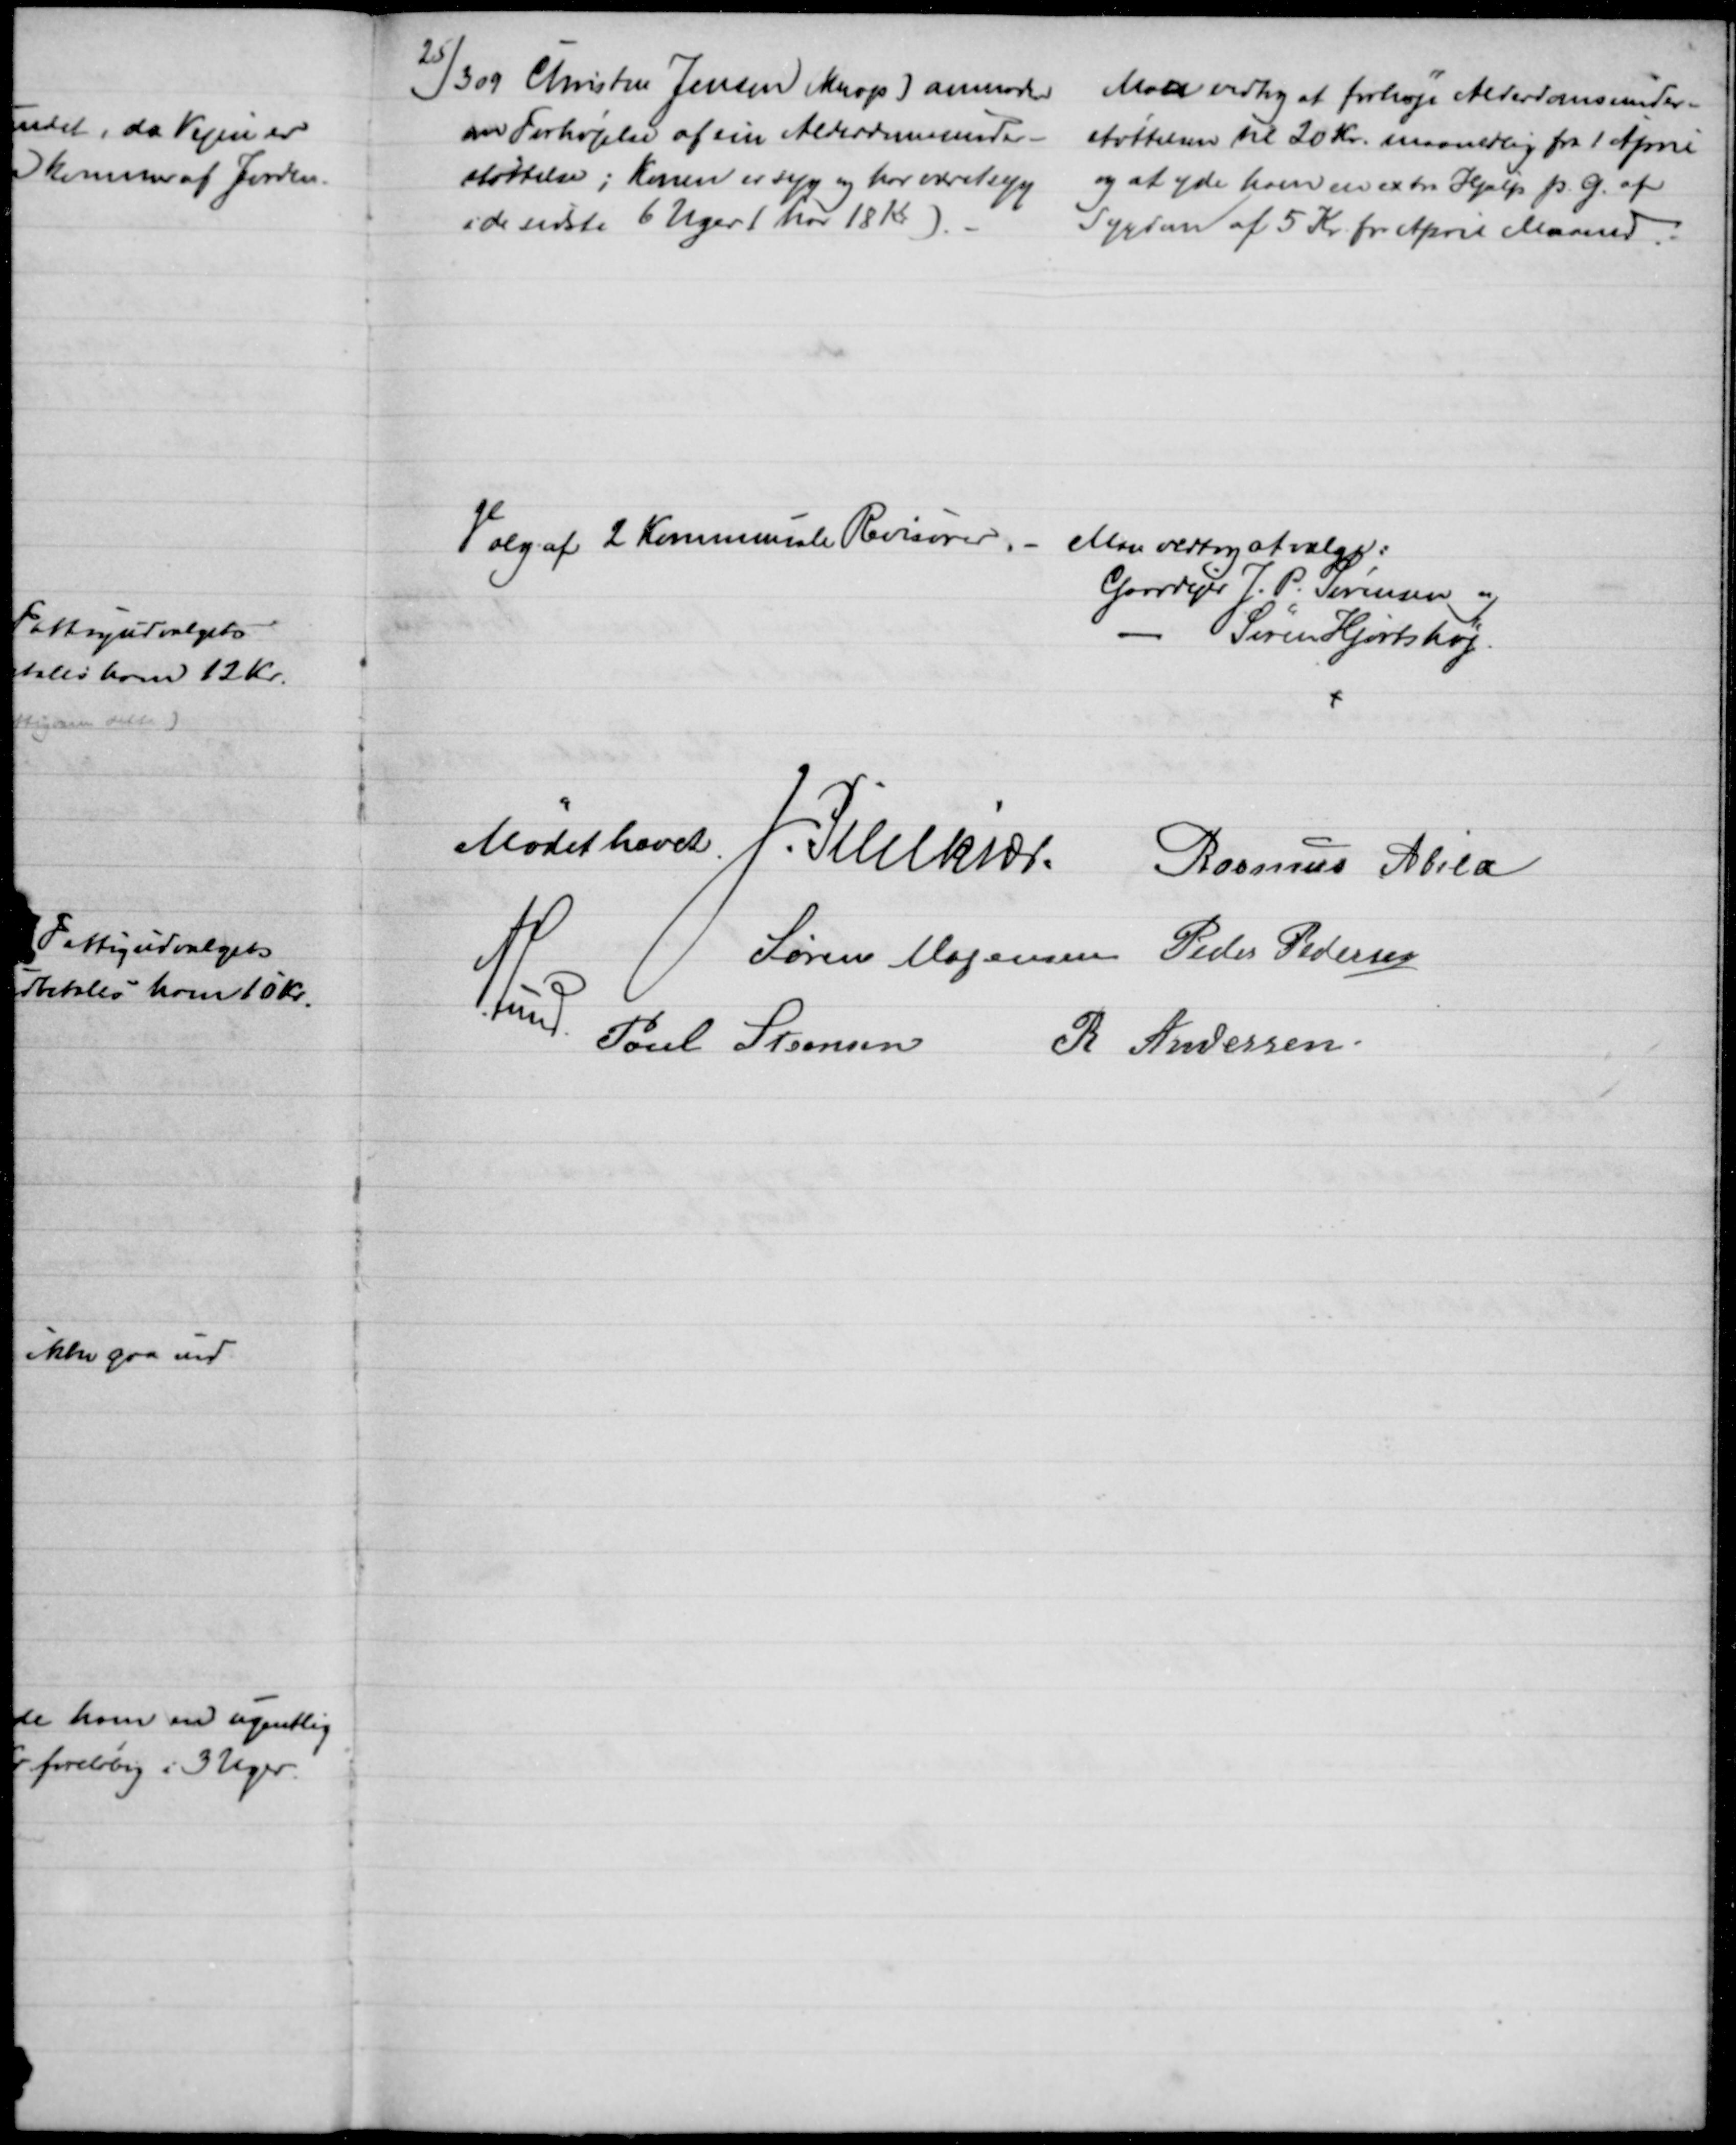
Transskription:
25/3 09 Christen Jensen (Knop) anmoder
om Forhøjelse af sin Alderdomsunder-
støttelse; Konen er syg og har været syg
i de sidste 6 Uger (har 18 Kr).
Man vedtog at forhøje Alderdomsunder-
støttelsen til 20 Kr. maanedlig fra 1 April
og at yde ham en extra Hjælp p. G. af
Sygdom af 5 Kr. for April Maaned.
Valg af 2 Kommunale Revisorer. 
Man vedtog at vælge:
Gaardejer J. P. Sørensen og
Søren Hjortshøj.
Mødet hævet .
J. Pihlkjær Rasmus Abild
Søren Mogensen Peder Pedersen
A. Lund
Poul Steensen R Andersen